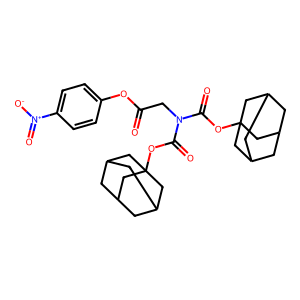
SMILES: O=C(CN(C(=O)OC12CC3CC(CC(C3)C1)C2)C(=O)OC12CC3CC(CC(C3)C1)C2)Oc1ccc([N+](=O)[O-])cc1
Inhibits HIV replication: No